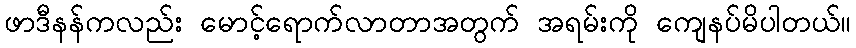
ဖာဒီနန်ကလည်း မောင့်ရောက်လာတာအတွက် အရမ်းကို ကျေနပ်မိပါတယ်။